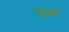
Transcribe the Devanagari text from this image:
ट्रेकों